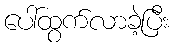
ပေါ်ထွက်လာခဲ့ပြီး